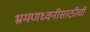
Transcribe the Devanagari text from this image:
भ्रमणध्वनीसाठीची